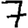
Digit: 7